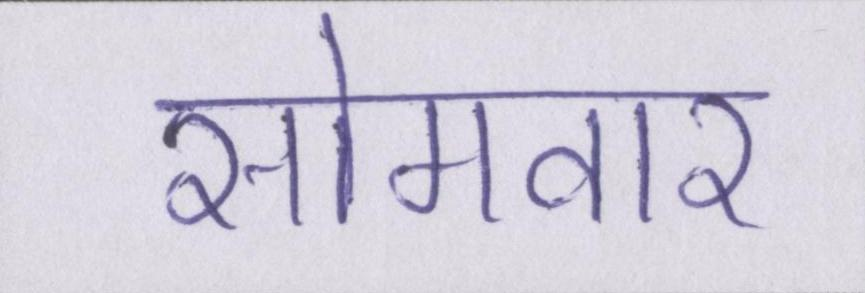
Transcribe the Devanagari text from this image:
सोमवार